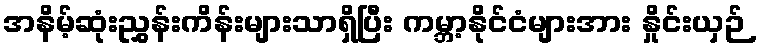
အနိမ့်ဆုံးညွှန်းကိန်းများသာရှိပြီး ကမ္ဘာ့နိုင်ငံများအား နှိုင်းယှဉ်